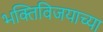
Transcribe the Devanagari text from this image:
भक्तिविजयाच्या